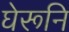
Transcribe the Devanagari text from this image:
घेरूनि